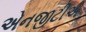
એનજીટીએ